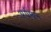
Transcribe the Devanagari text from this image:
अर्यमान